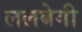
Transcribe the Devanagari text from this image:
ललबेगी